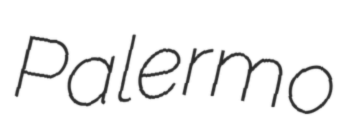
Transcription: Palermo